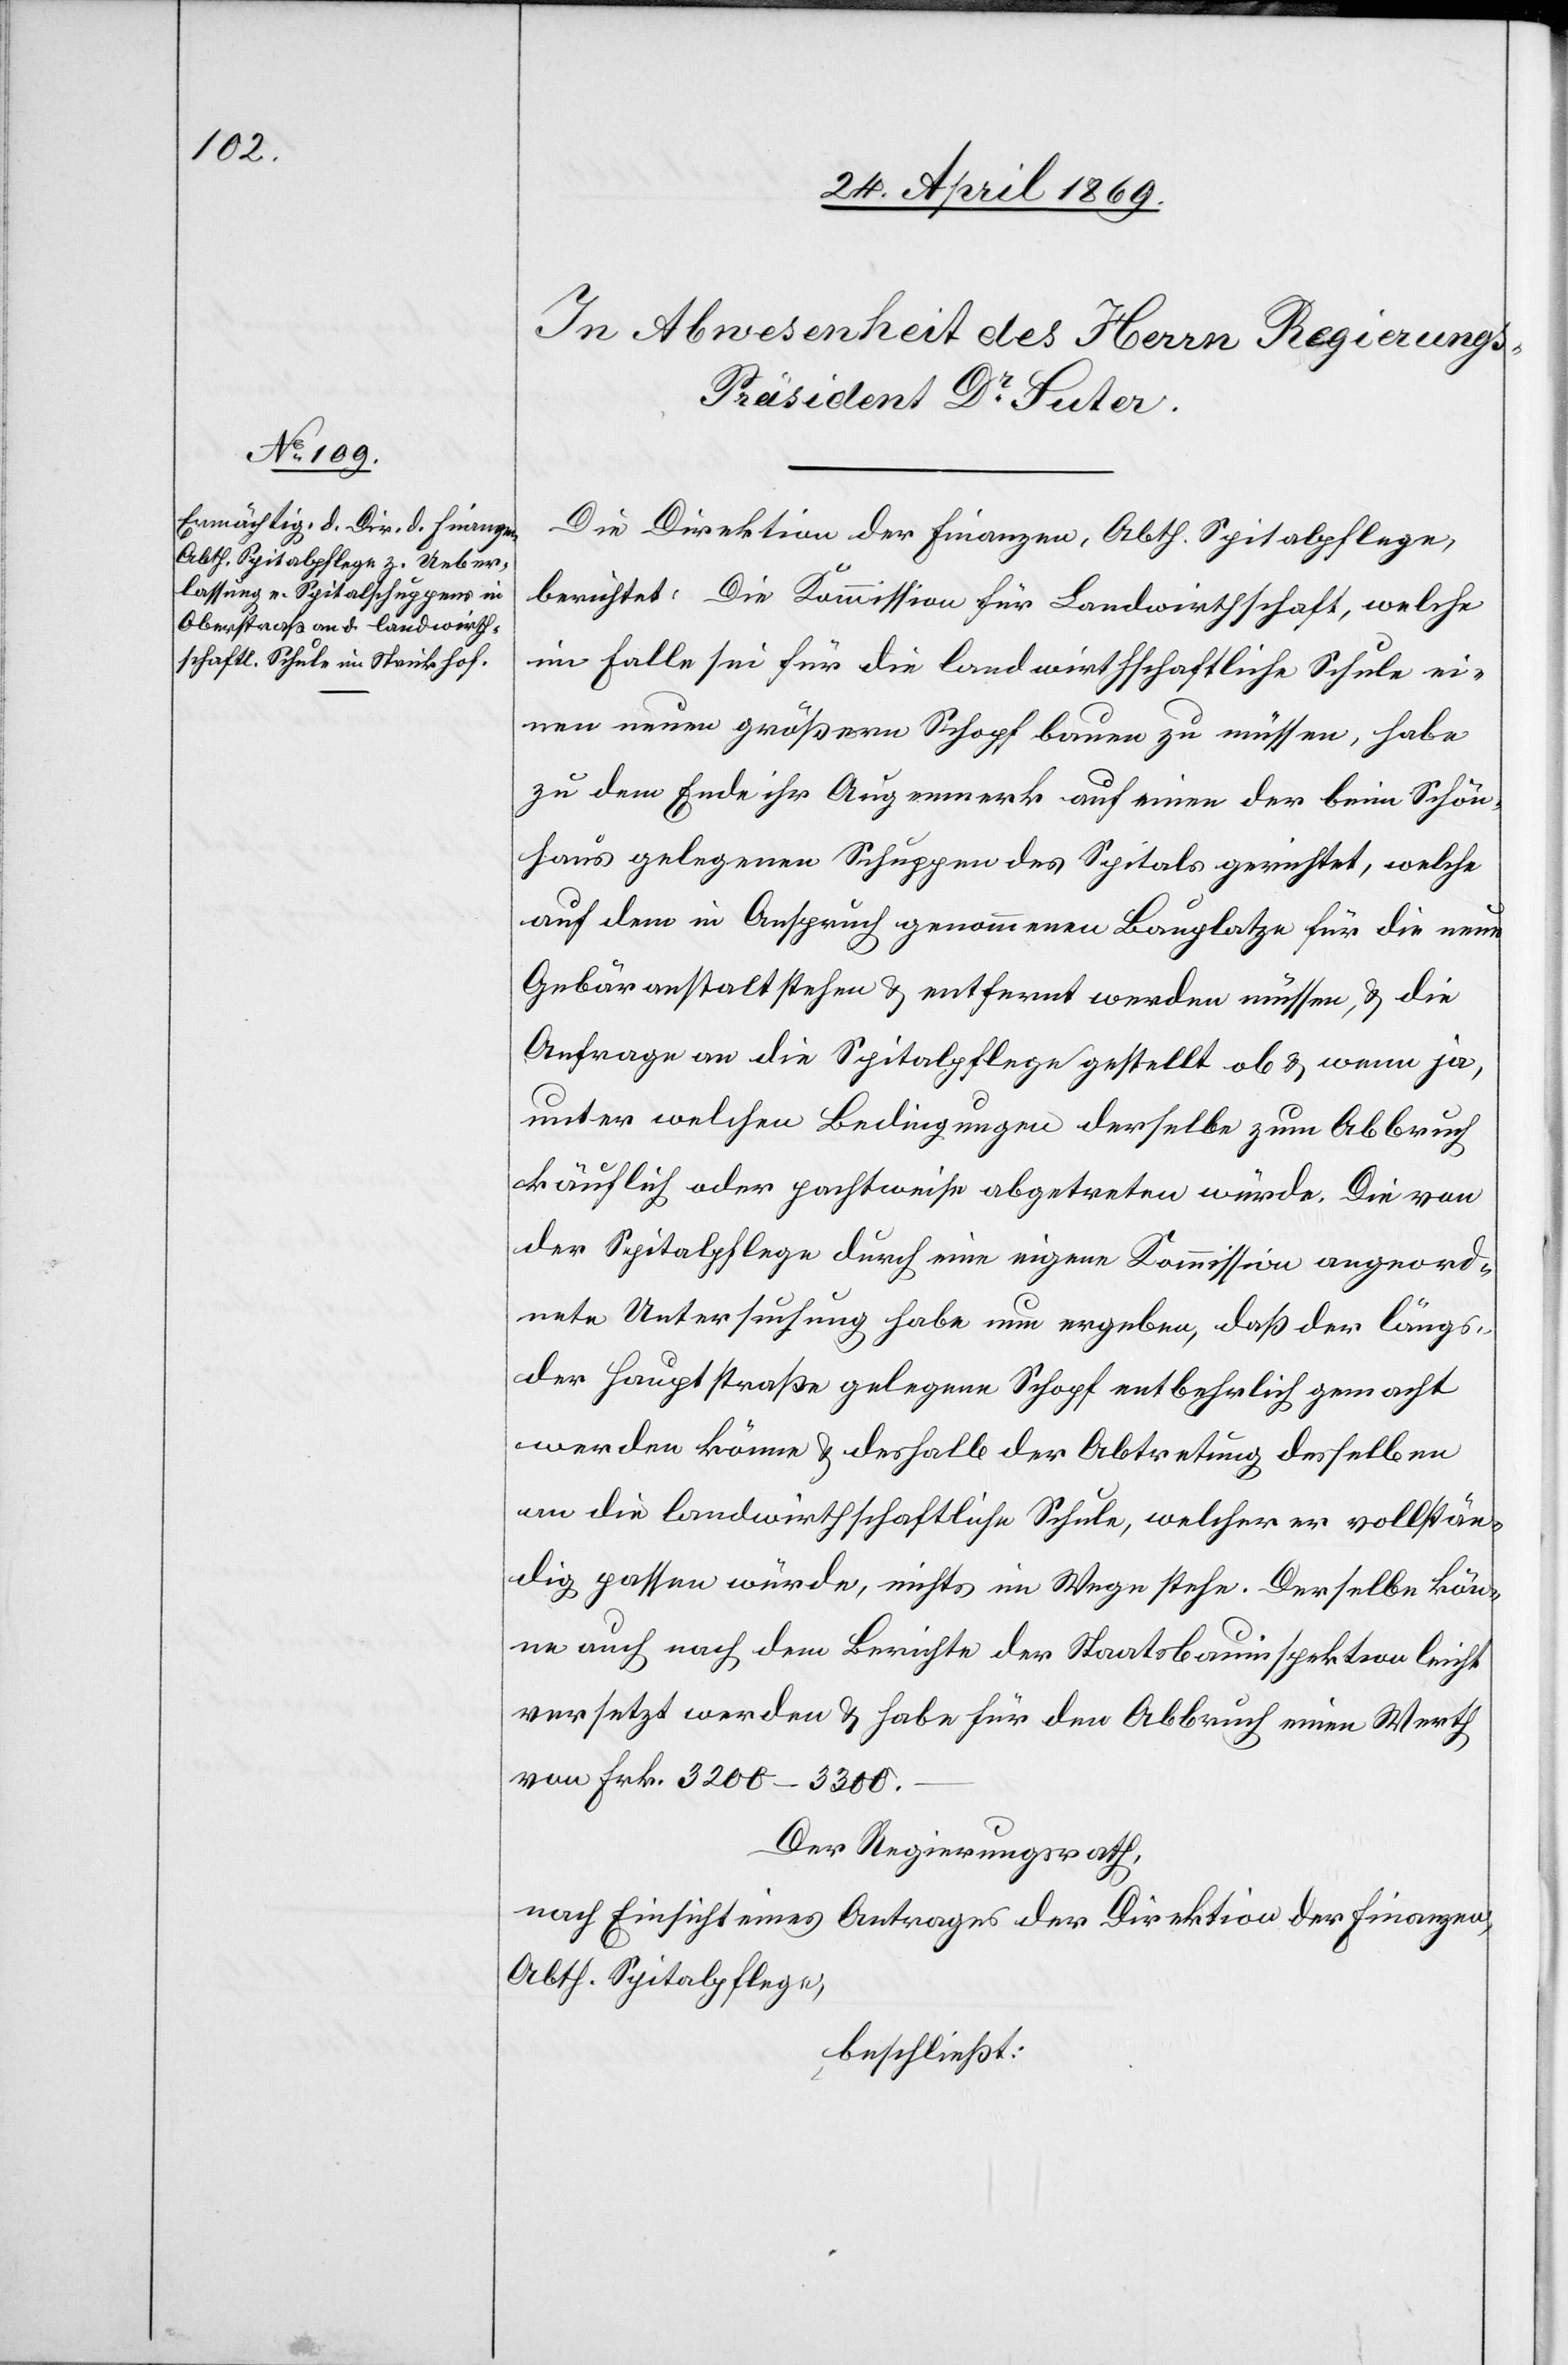
Die Direktion der Finanzen, Abth. Spitalpflege,
berichtet: Die Kommission für Landwirthschaft, welche
im Falle sei für die landwirthschaftliche Schule ei¬
nen neuen größern Schopf bauen zu müssen, habe
zu dem Ende ihr Augenmerk auf einen der beim Schön¬
haus gelegenen Schuppen des Spitals gerichtet, welche
auf dem in Anspruch genommenen Bauplatze für die neue
Gebäranstalt stehen u. entfernt werden müssen, u. die
Anfrage an die Spitalpflege gestellt ob u. wenn ja,
unter welchen Bedingungen derselbe zum Abbruch
käuflich oder pachtweise abgetreten würde. Die von
der Spitalpflege durch eine eigene Kommission angeord¬
nete Untersuchung habe neu ergeben, daß der längs
der Hauptstraße gelegene Schopf entbehrlich gemacht
werden könne u. deshalb der Abtretung desselben
an die landwirthschaftliche Schule, welcher er vollstän¬
dig passen würde, nichts im Wege stehe. Derselbe kön¬
ne auch nach dem Bericht der Staatsbauinspektion leicht
versetzt werden u. habe für den Abbruch einen Werth
von Frk. 3200–3300.
Der Regierungsrath,
nach Einsicht eines Antrages der Direktion der Finanzen,
Abth. Spitalpflege,
beschließt: